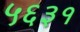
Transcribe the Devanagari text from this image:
५६३१